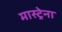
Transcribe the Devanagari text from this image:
मास्ट्रेना